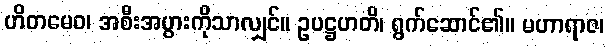
ဟိတမေဝ၊ အစီးအပွားကိုသာလျှင်။ ဥပဋ္ဌဟတိ၊ ရွက်ဆောင်၏။ မဟာရာဇ၊